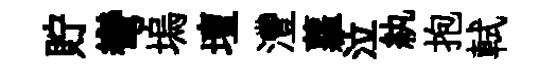
貯彎塢壇灃蘿泣紈抱軾